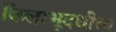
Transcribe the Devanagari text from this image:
किलाभूदधीत्य